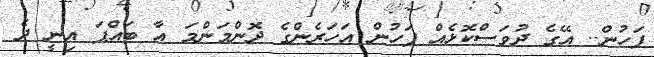
ފަހުން.. އޭގެ ދުވަސްކޮޅެއް ފަހުން އަހަރެންގެ ދޮންމަންމަ އާ ބައްޕަ އިނީ ދެ